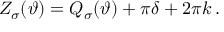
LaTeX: Z _ { \sigma } ( \vartheta ) = { \cal Q } _ { \sigma } ( \vartheta ) + \pi \delta + 2 \pi k \: .